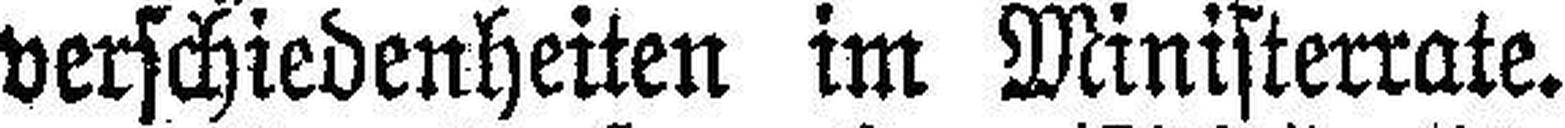
verschiedenheiten im Ministerrate.